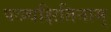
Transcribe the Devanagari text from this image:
पञ्चक्षितिनाम्